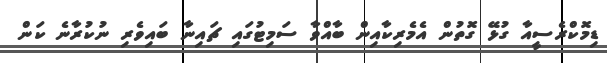
ޑިމޮކްރެސީއާ ގުޅޭ ގޮތުން އެމެރިކާއިން ބާއްވާ ސަމިޓުގައި ޗައިނާ ބައިވެރި ނުކުރާނެ ކަން